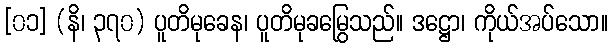
[၀၁] (နိ၊ ၃၇၀) ပူတိမုခေန၊ ပူတိမုခမြွေသည်။ ဒဋ္ဌော၊ ကိုယ်အပ်သော။